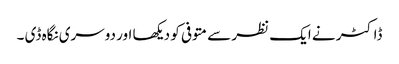
ڈاکٹر نے ایک نظر سے متوفی کو دیکھا اور دوسری نگاہ ڈی ۔